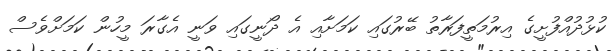
ކުޅުދުއްފުށީގެ އިރުމަތީފަރާތު ބޭރުގައި ކަމަށާއި އެ ދޯނީގައި ވަނީ އެގާރަ މީހުން ކަމަށްވެސް